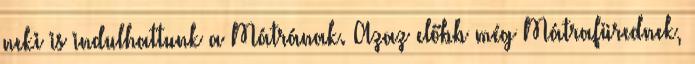
neki is indulhattunk a Mátrának. Azaz előbb még Mátrafürednek,